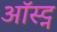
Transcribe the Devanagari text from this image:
ऑस्ट्न